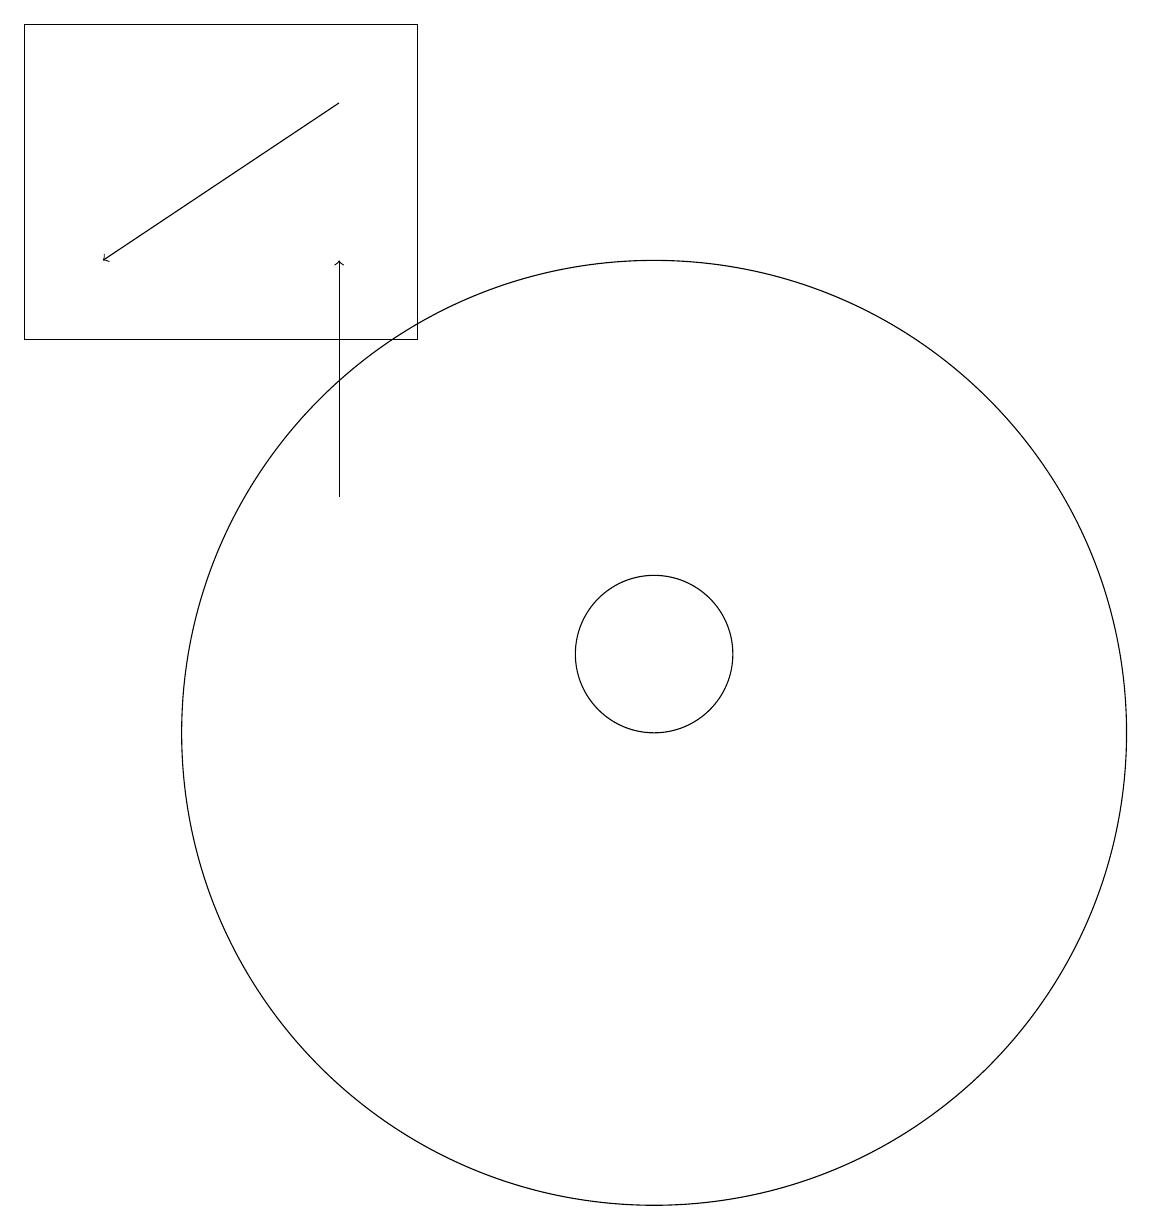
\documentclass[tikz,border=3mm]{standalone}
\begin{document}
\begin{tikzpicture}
\draw[->] (6,18) -- (3,16);
\draw (10,11) circle (1);
\draw (10,10) circle (6);
\draw (7,15) rectangle (2,19);
\draw[->] (6,13) -- (6,16);
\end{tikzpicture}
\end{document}